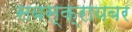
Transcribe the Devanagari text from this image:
सबस्क्रायबर